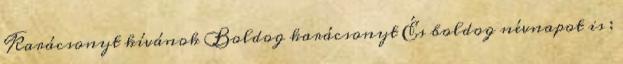
Karácsonyt kívánok Boldog karácsonyt És boldog névnapot is :